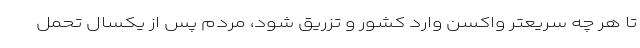
تا هر چه سریعتر واکسن وارد کشور و تزریق شود، مردم پس از یکسال تحمل